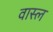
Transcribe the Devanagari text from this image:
वास्ल